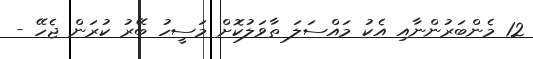
12 މެންބަރުންނާއި އެކު މައްސަލަ ތާވަލުކޮށް މަސީހު ބޭރު ކުރަން ޖެހޭ -